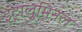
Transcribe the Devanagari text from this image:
इंट्रालुमिनल